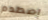
إصطدم